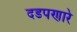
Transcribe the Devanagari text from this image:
दडपणारे